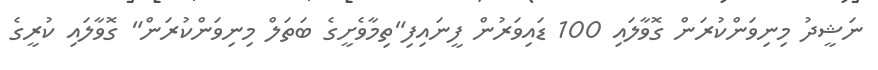
ނަޝީދު މިނިވަންކުރަން ގޮވާލައި 100 ޑައިވަރުން ފީނައިފި"ތިމާވެށީގެ ބަތަލް މިނިވަންކުރަން" ގޮވާލައި ކުރީގެ